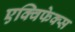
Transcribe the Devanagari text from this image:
एक्विफेक्स